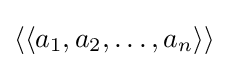
\langle \langle a_{1},a_{2},\ldots ,a_{n}\rangle \rangle